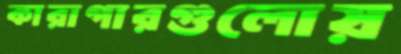
কারাগারগুলোয়